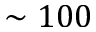
\sim 1 0 0